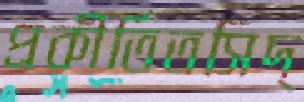
প্রকীর্তিতসিদ্